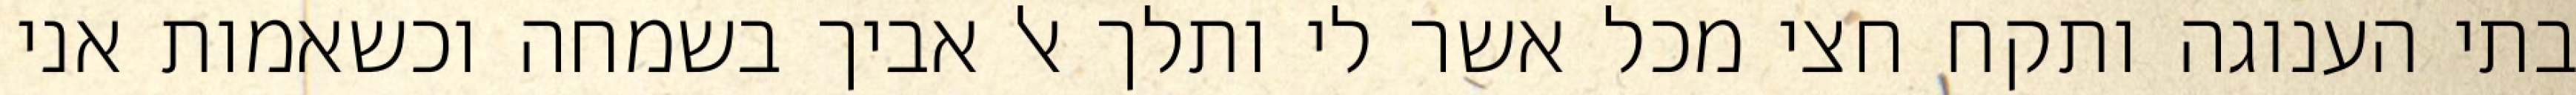
בתי הענוגה ותקח חצי מכל אשר לי ותלך אל אביך בשמחה וכשאמות אני